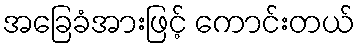
အခြေခံအားဖြင့် ကောင်းတယ်